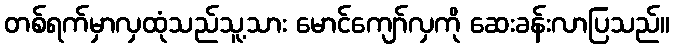
တစ်ရက်မှာလှထုံသည်သူ့သား မောင်ကျော်လှကို ဆေးခန်းလာပြသည်။